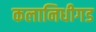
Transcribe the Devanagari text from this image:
कलानिधीगड